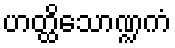
ဟတ္ထိသောဏ္ဍကံ